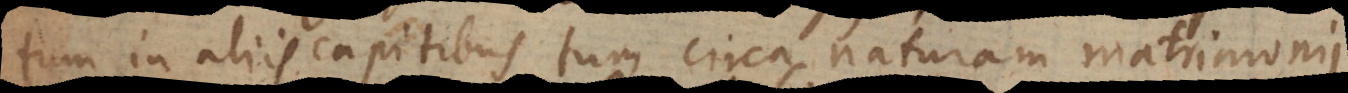
tum in aliis capitibus tum circa naturam matrimonii